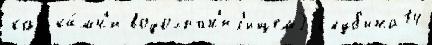
как ка́мн'и водохран'ил'ищем2 глуб'ина14